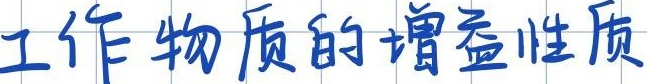
工作物质的增益性质